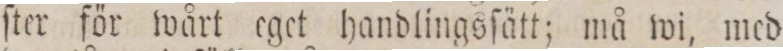
ſter för wårt eget handlingsſätt; må wi, med